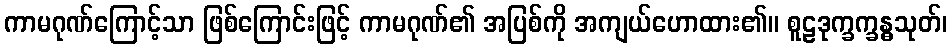
ကာမဂုဏ်ကြောင့်သာ ဖြစ်ကြောင်းဖြင့် ကာမဂုဏ်၏ အပြစ်ကို အကျယ်ဟောထား၏။ စူဠဒုက္ခက္ခန္ဓသုတ်၊